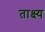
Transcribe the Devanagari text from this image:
ताक्ष्य